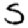
Digit: 5